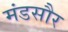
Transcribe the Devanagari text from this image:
मंडसौर